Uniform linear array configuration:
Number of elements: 16
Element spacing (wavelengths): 1
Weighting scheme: uniform
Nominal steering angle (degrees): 45
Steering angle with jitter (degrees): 44.403
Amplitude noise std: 0.05
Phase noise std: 0.05

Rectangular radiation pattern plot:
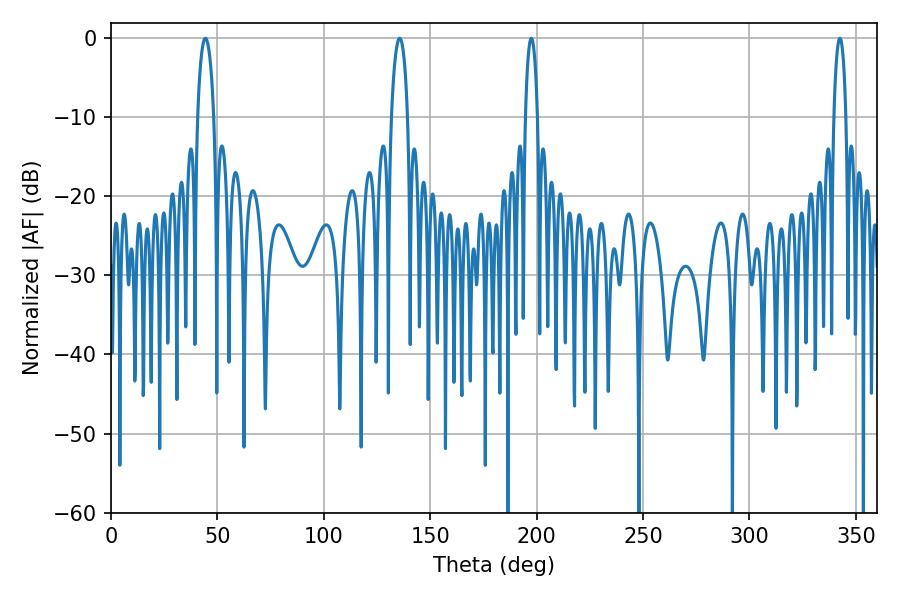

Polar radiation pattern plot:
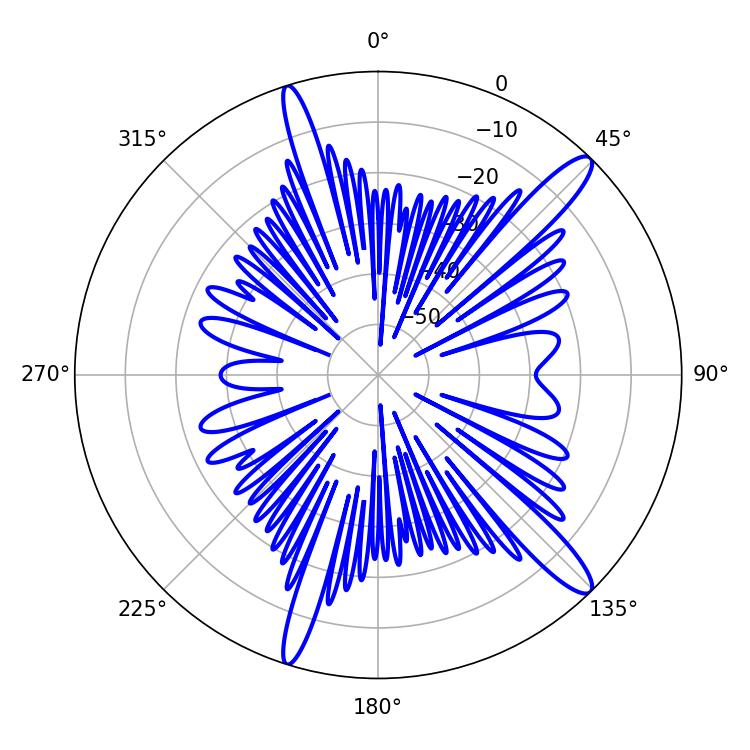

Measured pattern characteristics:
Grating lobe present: TRUE
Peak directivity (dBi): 13.874
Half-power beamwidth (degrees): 3.24
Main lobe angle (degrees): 197.46